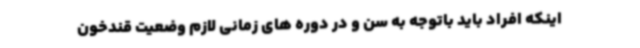
اینکه افراد باید باتوجه به سن و در دوره های زمانی لازم وضعیت قندخون